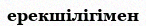
ерекшілігімен